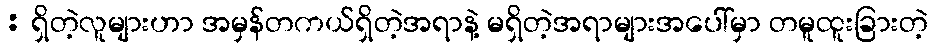
: ရှိတဲ့လူများဟာ အမှန်တကယ်ရှိတဲ့အရာနဲ့ မရှိတဲ့အရာများအပေါ်မှာ တမူထူးခြားတဲ့